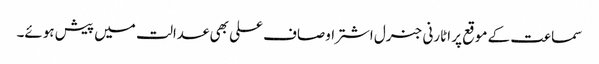
سماعت کے موقع پر اٹارنی جنرل اشتر اوصاف علی بھی عدالت میں پیش ہوئے۔